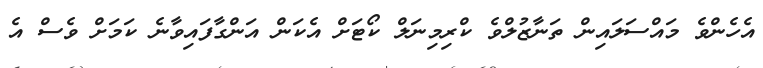
އެހެންވެ މައްސަލައިން ތަނާޒުލްވެ ކްރިމިނަލް ކޯޓަށް އެކަން އަންގާފައިވާނެ ކަމަށް ވެސް އެ